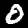
Label: 0